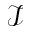
\mathcal { I }